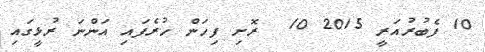
10 ފެބުރުއަރީ 2015 10  ރޮށި ފިހަން ހުރެފައި އަންނަ ރުޅީގައި